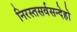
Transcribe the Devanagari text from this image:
निरस्तसर्वसन्देहो